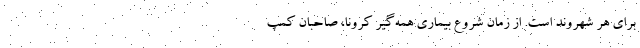
برای هر شهروند است. از زمان شروع بیماری همه‌گیر کرونا، صاحبان کمپ